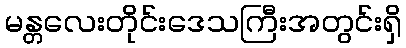
မန္တလေးတိုင်းဒေသကြီးအတွင်းရှိ